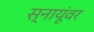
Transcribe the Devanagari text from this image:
स्नायूंवर